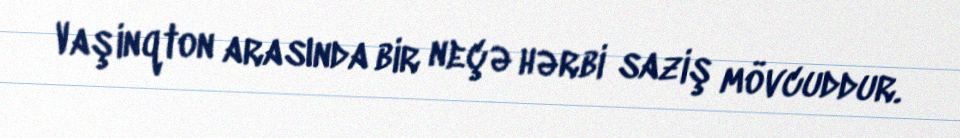
Vaşinqton arasında bir neçə hərbi saziş mövcuddur.